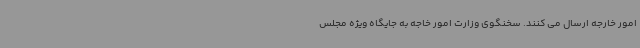
امور خارجه ارسال می کنند. سخنگوی وزارت امور خاجه به جایگاه ویژه مجلس